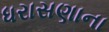
ધરાસણાના